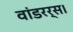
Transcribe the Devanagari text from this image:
वांडरर्स।